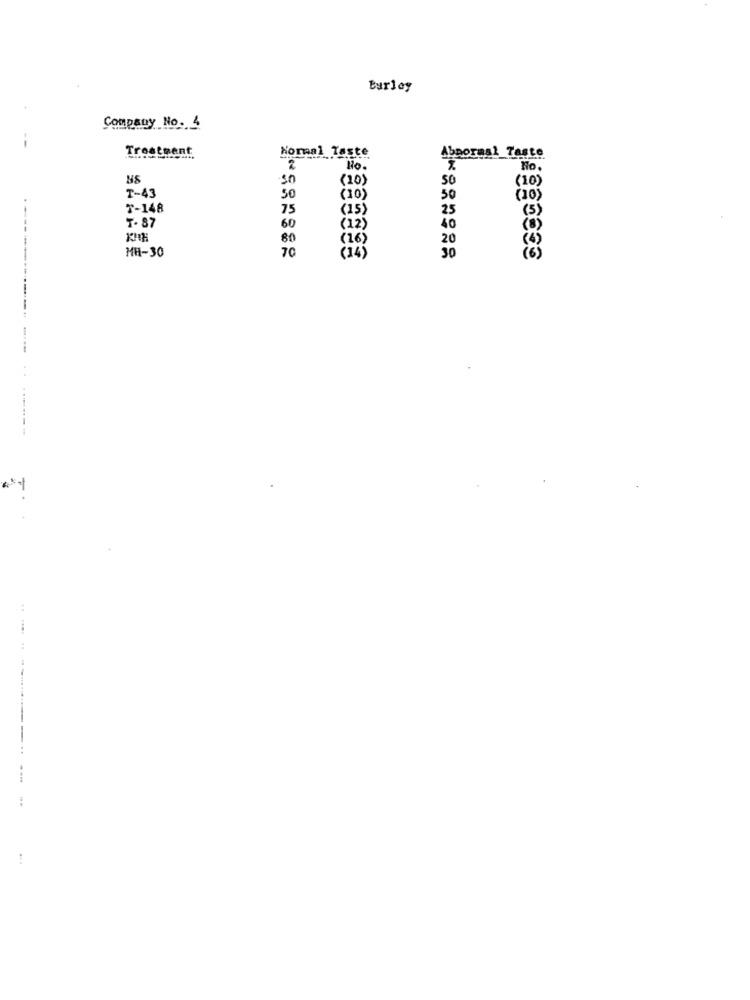
Burley
Company No. 1
Treatment
Normal Taste
Abnormal Teste
2
No.
No.
sn
( 20)
50
(10)
T-43
50
( 10)
50
(10)
T-148
75
(15)
25
(5)
7. 87
60
(12)
40
(8)
80
20
MH-30
70
(16)
( 14)
30
(6)
--